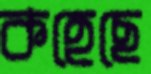
কহেছে